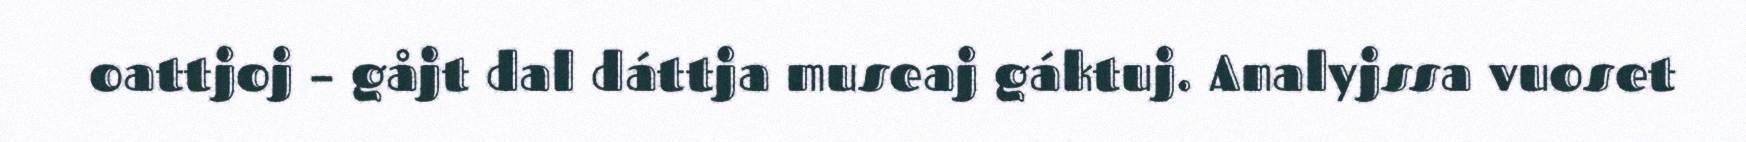
oattjoj – gåjt dal dáttja museaj gáktuj. Analyjssa vuoset